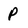
Character: P